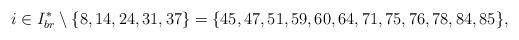
LaTeX: \begin{align*}i \in I^*_{br} \setminus \{8,14,24,31,37\} = \{45,47,51,59,60,64,71,75,76,78,84,85\},\end{align*}